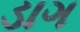
ડાગ